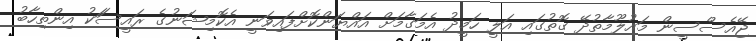
ޖޭއެސްސީން މައުލޫމާތުދޭ ގޮތުގައި އަލީ ހަމީދު އެމަގާމަށް އައްޔަންކޮށްފައިވަނީ އެކޮމިޝަނުގެ ރައީސަަކު އިންތިހާބު